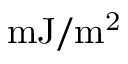
\mathrm { { m J / m ^ { 2 } } }